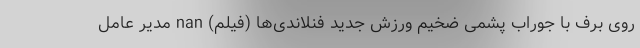
روی برف با جوراب پشمی ضخیم ورزش جدید فنلاندی‌ها (فیلم) nan مدیر عامل